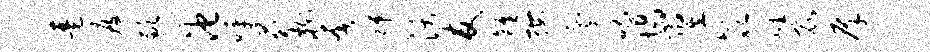
琶疲歉池呼苑榭奢瑞沃友离按乱唱塌翌欹崖昆庠